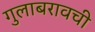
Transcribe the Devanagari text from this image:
गुलाबरावची